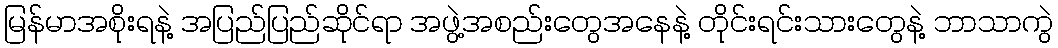
မြန်မာအစိုးရနဲ့ အပြည်ပြည်ဆိုင်ရာ အဖွဲ့အစည်းတွေအနေနဲ့ တိုင်းရင်းသားတွေနဲ့ ဘာသာကွဲ